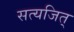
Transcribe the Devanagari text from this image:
सत्यजित्